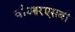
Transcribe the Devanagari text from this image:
वीआरएसबी